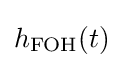
h_{\mathrm {FOH} }(t)